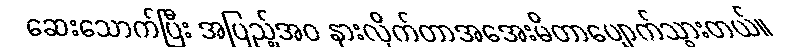
ဆေးသောက်ပြီး အပြည့်အဝ နားလိုက်တာအအေးမိတာပျောက်သွားတယ်။